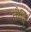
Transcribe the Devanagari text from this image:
तौहि